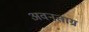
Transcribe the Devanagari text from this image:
अवनताग्र